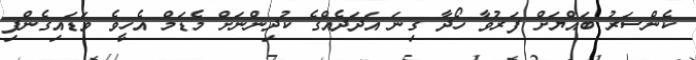
ކެންސަރު ބައްޔަށް ފަރުވާ ހޯދާ ގިނަ އަދަދެއްގެ ކުދިންނަށް މެޑަމް އެހީވެ ވަޑައިގެންފި